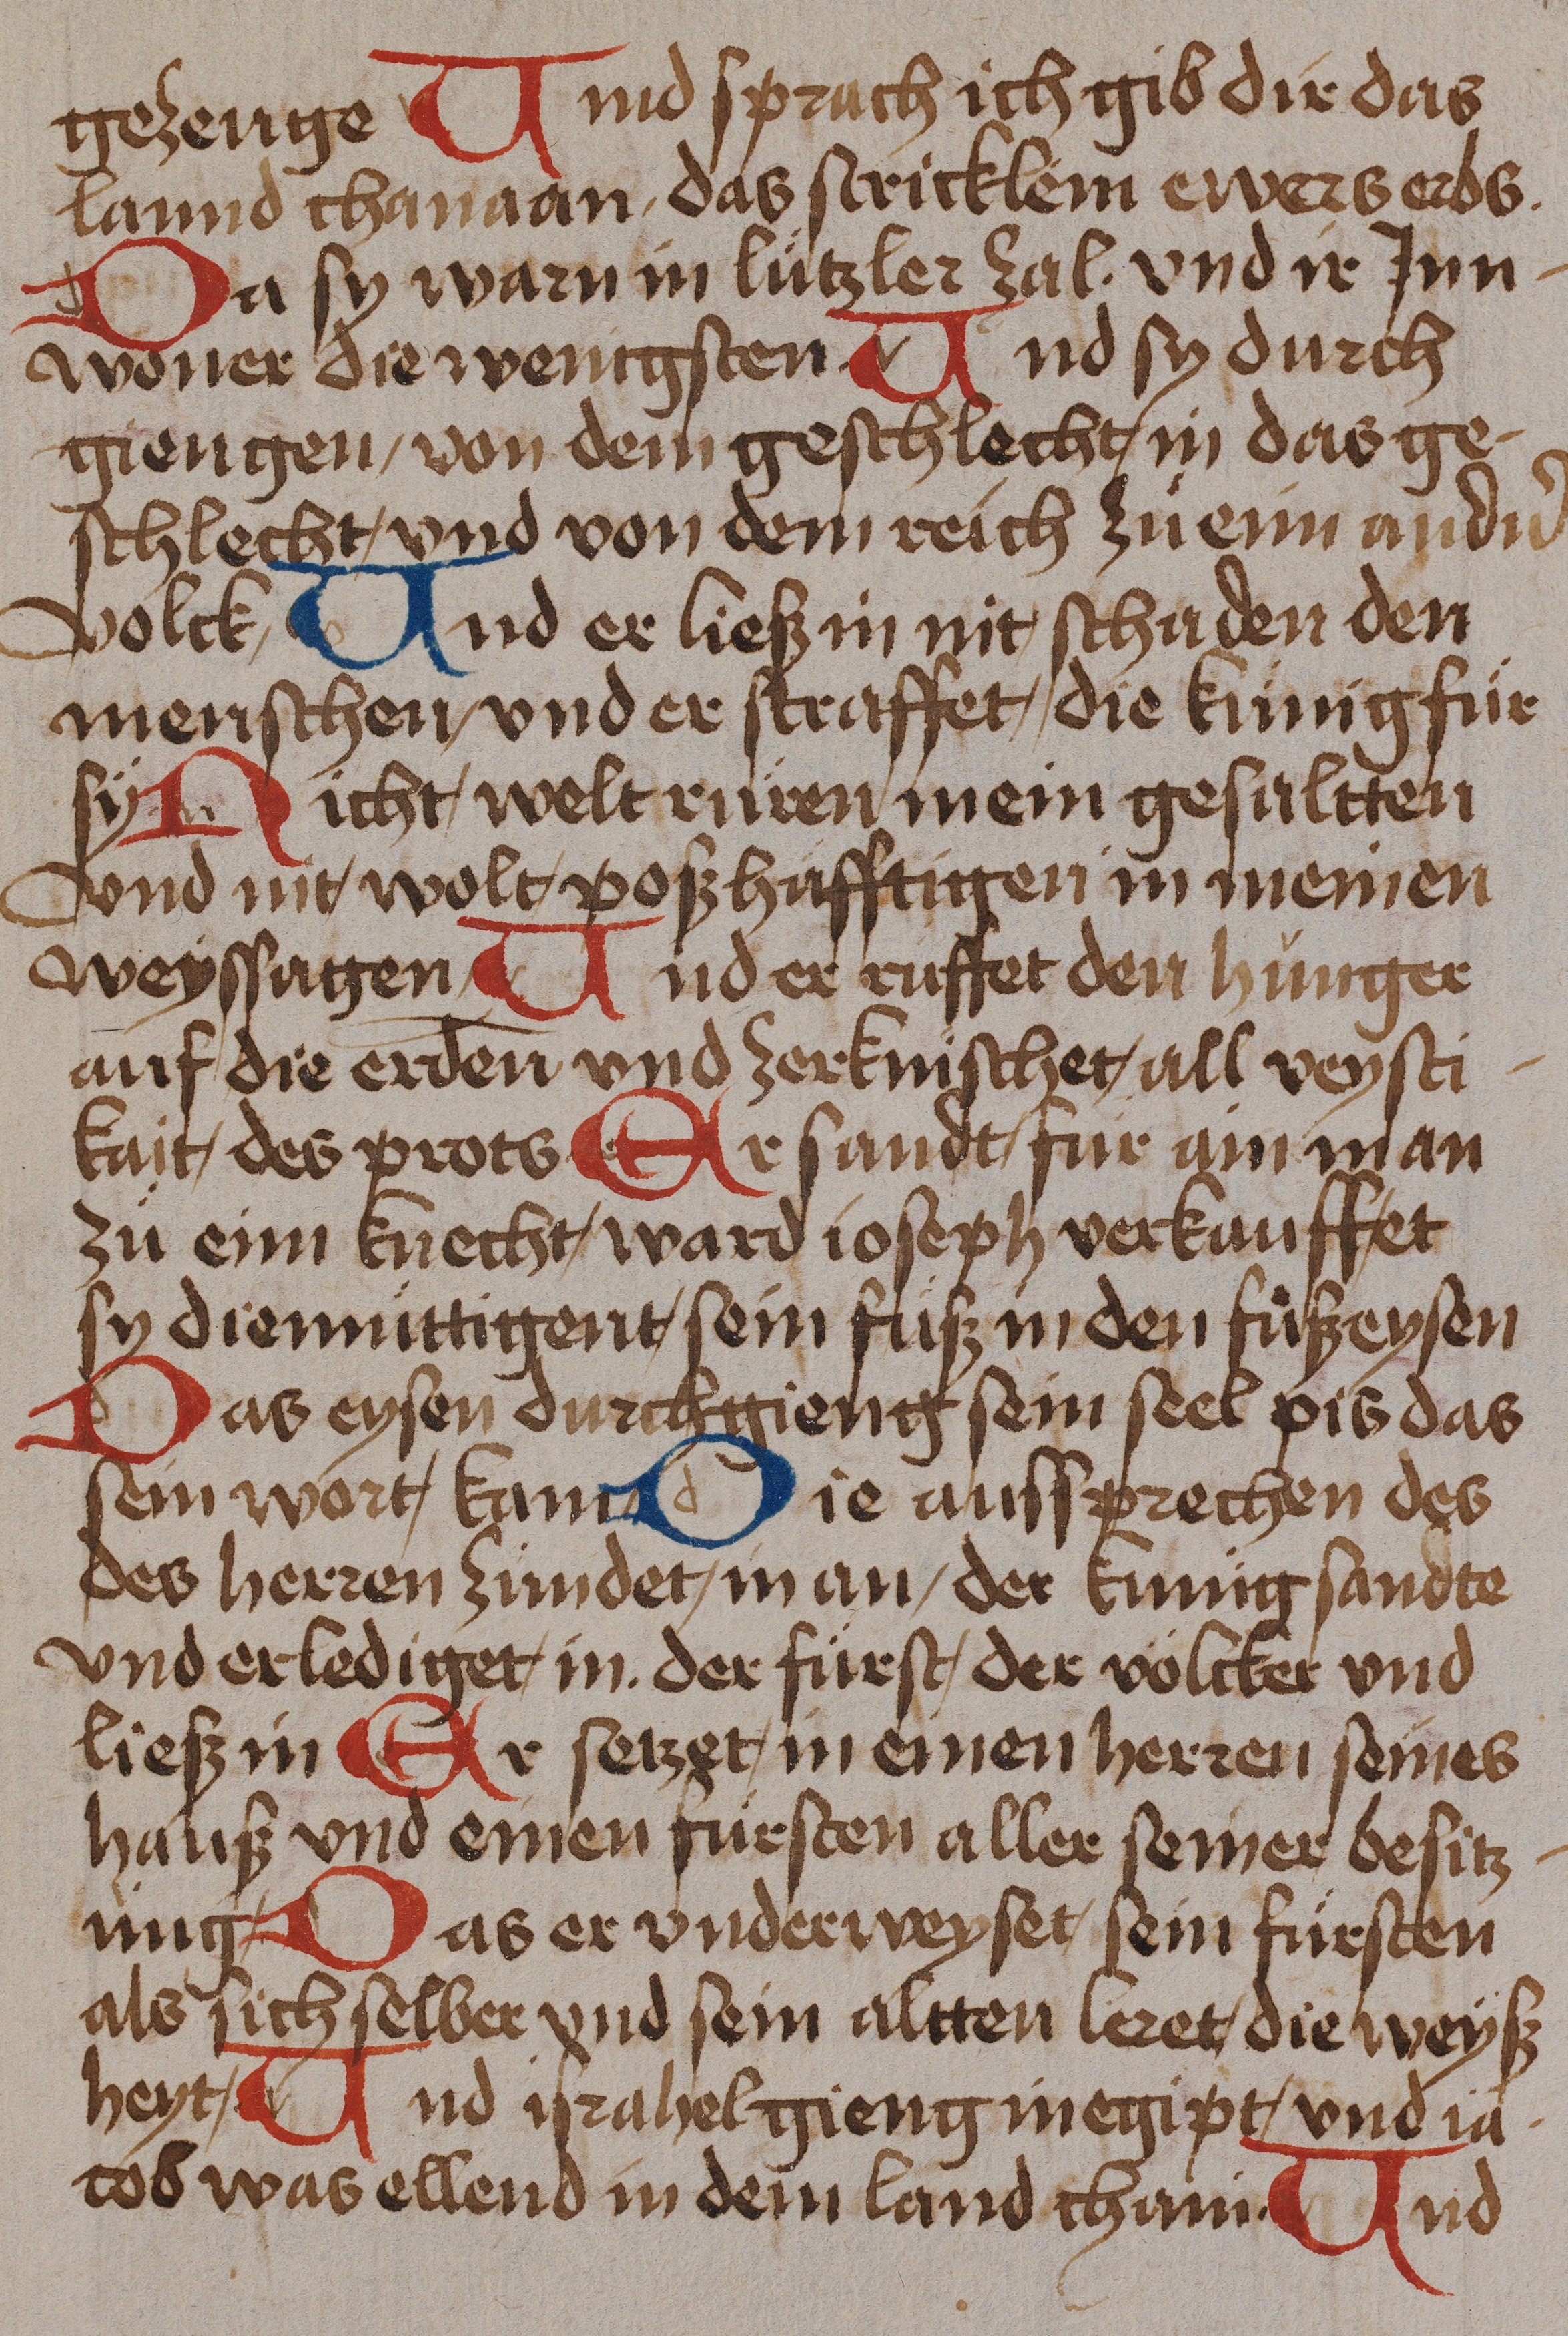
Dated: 1485–1485